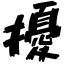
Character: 擾